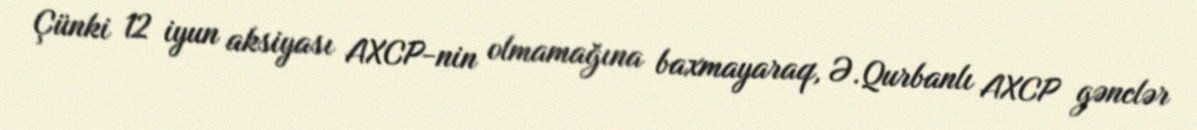
Çünki 12 iyun aksiyası AXCP-nin olmamağına baxmayaraq, Ə.Qurbanlı AXCP gənclər